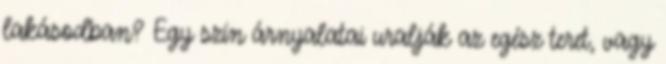
lakásodban? Egy szín árnyalatai uralják az egész teret, vagy